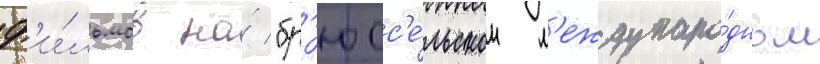
ф'и́льмов на́ "бр'юсс'е́льском м'еждунаро́дном